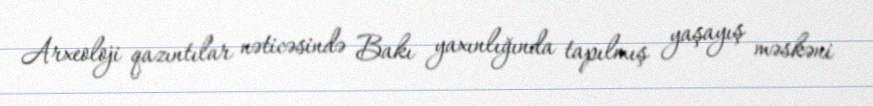
Arxeoloji qazıntılar nəticəsində Bakı yaxınlığında tapılmış yaşayış məskəni